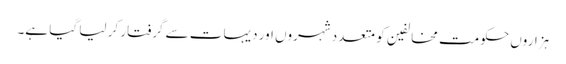
ہزاروں حکومت مخالفین کو متعدد شہروں اور دیہات سے گرفتار کر لیا گیا ہے۔